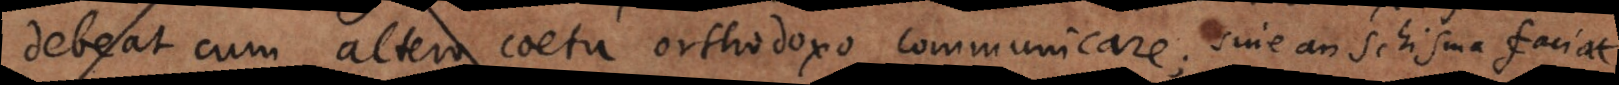
debeat cum altero coetu orthodoxo communicare; sive an schisma faciat.